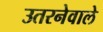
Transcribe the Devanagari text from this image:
उतरनेवाले